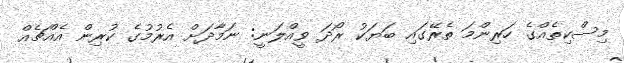
މިސްކިތެއްގެ ހަރިންމަ ތެރޭގައި ބަޔަކު ރޯދަ ވީއްލަނީ: ނަމާދަށް އެރުމުގެ ކުރިން އެއްޗެއް